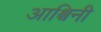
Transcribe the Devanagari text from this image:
आश्चिनी